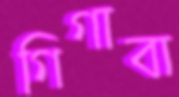
গিগাবা